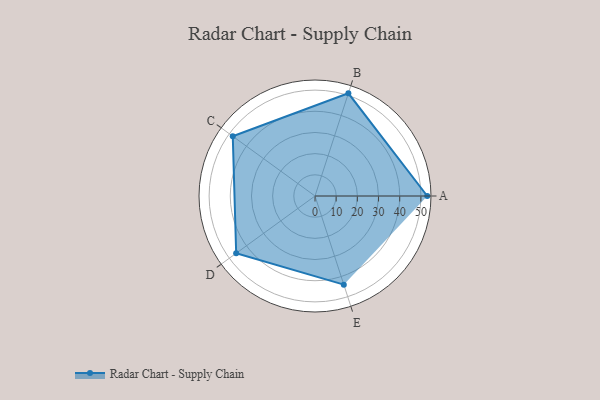
{"axis": {"x": "Skill", "y": "Score"}, "legend": ["Profile"], "data": [{"x": "A", "y": 53.0, "type": "Profile"}, {"x": "B", "y": 51.0, "type": "Profile"}, {"x": "C", "y": 48.0, "type": "Profile"}, {"x": "D", "y": 46.0, "type": "Profile"}, {"x": "E", "y": 44.0, "type": "Profile"}]}